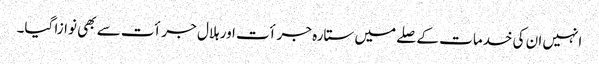
انہیں ان کی خدمات کے صلے میں ستارہ جرأت اور ہلال جرأت سے بھی نوازا گیا۔